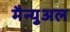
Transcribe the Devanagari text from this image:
मैन्‍युअल